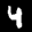
Label: 4